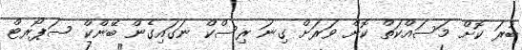
ބުރަ ކޮށް މަސައްކަތް ކޮށް ވަރަށް ގިނަ ރިސްކް ނަގައިގެން ބޭންކް ސަޕޯރޓް